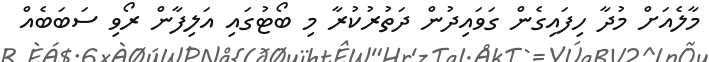
މާލެއަށް މުދާ ހިފައިގެން ގަވައިދުން ދަތުރުކުރާ މި ބޯޓުގައި އަލިފާން ރޯވި ސަބަބެއް